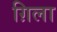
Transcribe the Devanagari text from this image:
ग़िला